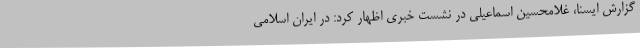
گزارش ایسنا، غلامحسین اسماعیلی در نشست خبری اظهار کرد: در ایران اسلامی